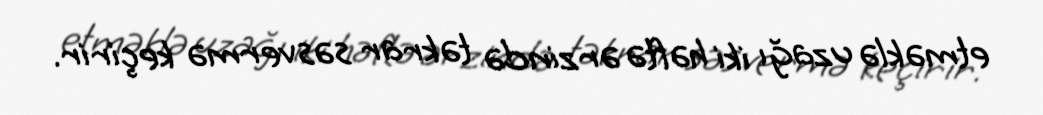
etməklə uzağı iki həftə ərzində təkrar səsvermə keçirir.